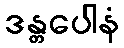
ဒန္တပေါနံ